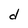
Character: d